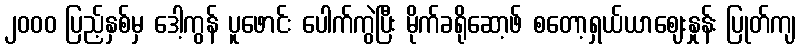
၂၀၀၀ ပြည့်နှစ်မှ ဒေါ့ကွန် ပူဖောင်း ပေါက်ကွဲပြီး မိုက်ခရိုဆော့ဖ် စတော့ရှယ်ယာဈေးနှုန်း ပြုတ်ကျ